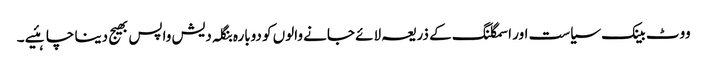
ووٹ بینک سیاست اور اسمگلنگ کے ذریعہ لائے جانے والوں کو دوبارہ بنگلہ دیش واپس بھیج دینا چاہئیے ۔